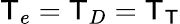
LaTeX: \mathsf{T}_{e}=\mathsf{T}_{D}=\mathsf{T}_{\mathsf{T}}